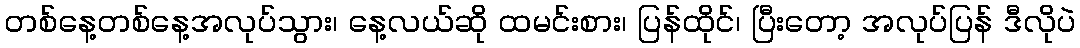
တစ်နေ့တစ်နေ့အလုပ်သွား၊ နေ့လယ်ဆို ထမင်းစား၊ ပြန်ထိုင်၊ ပြီးတော့ အလုပ်ပြန် ဒီလိုပဲ